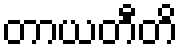
တာယတီတိ